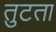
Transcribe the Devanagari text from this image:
तुटता